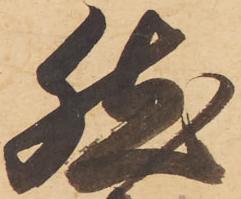
然